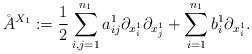
LaTeX: \begin{align*}\AA^{X_1} := \frac{1}{2} \sum_{i, j = 1}^{n_1} a_{ij}^1 \partial_{x^1_i} \partial_{x^1_j} + \sum_{i = 1}^{n_1} b_i^1 \partial_{x^1_i}.\end{align*}